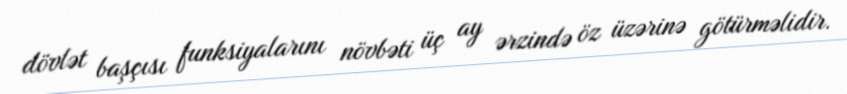
dövlət başçısı funksiyalarını növbəti üç ay ərzində öz üzərinə götürməlidir.